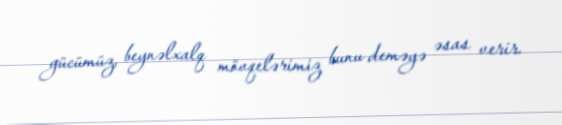
gücümüz, beynəlxalq mövqelərimiz bunu deməyə əsas verir.